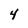
Character: 4